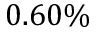
0 . 6 0 \%